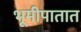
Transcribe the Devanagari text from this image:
भूमीपातात